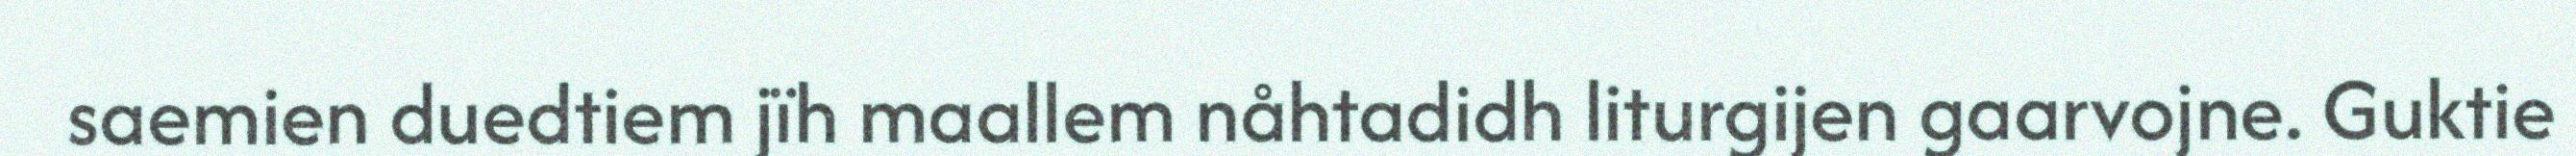
saemien duedtiem jïh maallem nåhtadidh liturgijen gaarvojne. Guktie